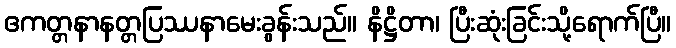
ဧကတ္တနာနတ္တပြဿနာမေးခွန်းသည်။ နိဋ္ဌိတာ၊ ပြီးဆုံးခြင်းသို့ရောက်ပြီ။